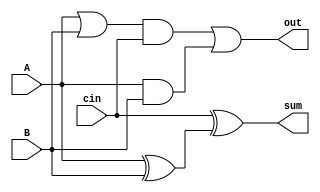
`timescale 1ns/1ns
module ONEBIT_FA(A,B,cin,sum,out);
input A,B,cin;
output sum,out;
wire wire1,wire2,wire3,wire4;
xor(wire1,A,B);
xor(sum,cin,wire1);
or(wire2,A,B);
and(wire3,wire2,cin);
and(wire4,A,B);
or(out,wire3,wire4);
endmodule